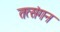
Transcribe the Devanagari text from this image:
तत्संगन